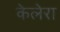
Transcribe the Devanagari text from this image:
केलेरा